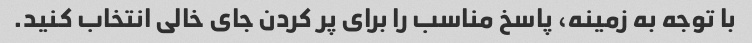
با توجه به زمینه، پاسخ مناسب را برای پر کردن جای خالی انتخاب کنید.